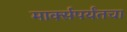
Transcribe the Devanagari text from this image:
मार्क्सपर्यंतचा